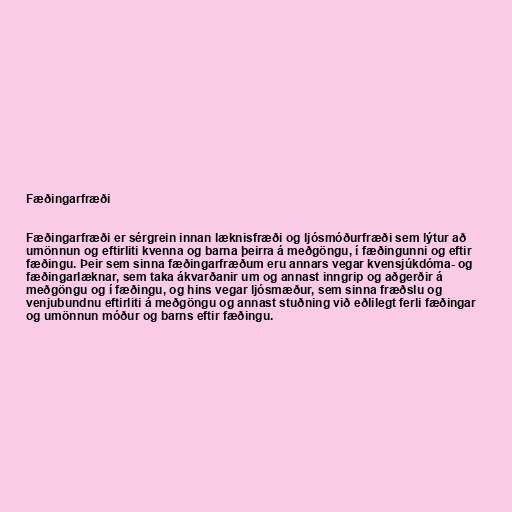
Fæðingarfræði

Fæðingarfræði er sérgrein innan læknisfræði og ljósmóðurfræði sem lýtur að
umönnun og eftirliti kvenna og barna þeirra á meðgöngu, í fæðingunni og eftir
fæðingu. Þeir sem sinna fæðingarfræðum eru annars vegar kvensjúkdóma- og
fæðingarlæknar, sem taka ákvarðanir um og annast inngrip og aðgerðir á
meðgöngu og í fæðingu, og hins vegar ljósmæður, sem sinna fræðslu og
venjubundnu eftirliti á meðgöngu og annast stuðning við eðlilegt ferli fæðingar
og umönnun móður og barns eftir fæðingu.